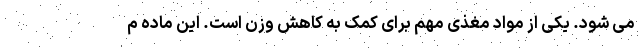
می شود. یکی از مواد مغذی مهم برای کمک به کاهش وزن است. این ماده م